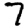
Digit: 7